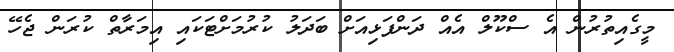
މީގެއިތުރުން އެ ސްކޫލް އެއް ދަންފަޅިއަށް ބަދަލު ކުރުމަށްޓަކައި އިމަރާތް ކުރަން ޖެހޭ